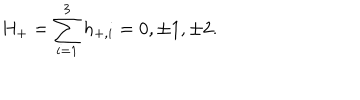
H _ { + } = \sum _ { i = 1 } ^ { 3 } h _ { + , i } = 0 , \pm 1 , \pm 2 .